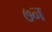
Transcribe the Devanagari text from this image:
७न